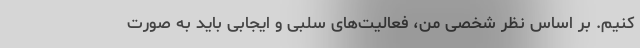
کنیم. بر اساس نظر شخصی من، فعالیت‌های سلبی و ایجابی باید به صورت